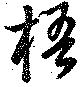
梧